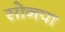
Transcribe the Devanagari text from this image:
सोनपा